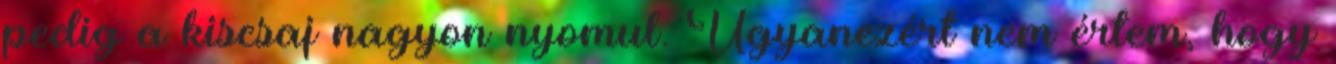
pedig a kiscsaj nagyon nyomul. Ugyanezért nem értem, hogy